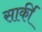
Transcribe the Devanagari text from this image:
सार्की